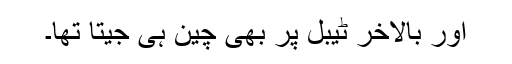
اور بالآخر ٹیبل پر بھی چین ہی جیتا تھا۔